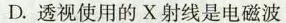
D. 透视使用的X射线是电磁波